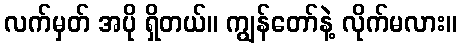
လက်မှတ် အပို ရှိတယ်။ ကျွန်တော်နဲ့ လိုက်မလား။